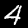
Label: 4